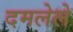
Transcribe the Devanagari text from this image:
दमलेले